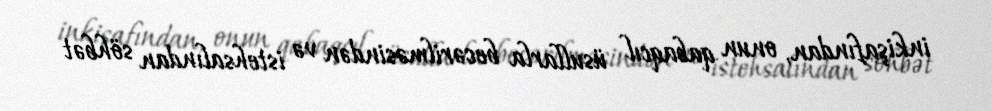
inkişafından, onun qabaqcıl üsullarla becərilməsindən və istehsalından söhbət